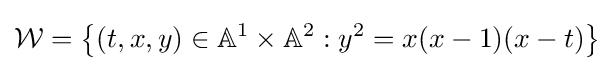
{\mathcal {W}}=\left\{(t,x,y)\in \mathbb {A} ^{1}\times \mathbb {A} ^{2}:y^{2}=x(x-1)(x-t)\right\}